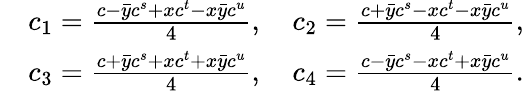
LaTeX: \begin{array}{rl}&{c_{1}=\frac{c-\bar{y}c^{s}+xc^{t}-x\bar{y}c^{u}}{4},\quad c_{2}=\frac{c+\bar{y}c^{s}-xc^{t}-x\bar{y}c^{u}}{4},}\\ &{c_{3}=\frac{c+\bar{y}c^{s}+xc^{t}+x\bar{y}c^{u}}{4},\quad c_{4}=\frac{c-\bar{y}c^{s}-xc^{t}+x\bar{y}c^{u}}{4}.}\end{array}